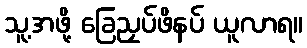
သူ့အဖို့ ခြေညှပ်ဖိနပ် ယူလာရ။